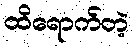
ထိရောက်တဲ့